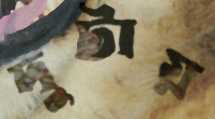
দুটায়